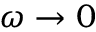
\omega \to 0